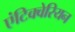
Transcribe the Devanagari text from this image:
एंटिक्वेरियन